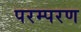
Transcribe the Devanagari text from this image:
परम्परण